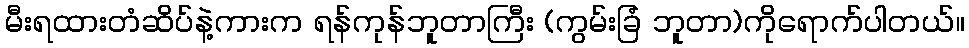
မီးရထားတံဆိပ်နဲ့ကားက ရန်ကုန်ဘူတာကြီး (ကွမ်းခြံ ဘူတာ)ကိုရောက်ပါတယ်။